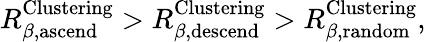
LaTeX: R_{\beta,\mathrm{ascend}}^{\mathrm{Clustering}}>R_{\beta,\mathrm{descend}}^{\mathrm{Clustering}}>R_{\beta,\mathrm{random}}^{\mathrm{Clustering}},